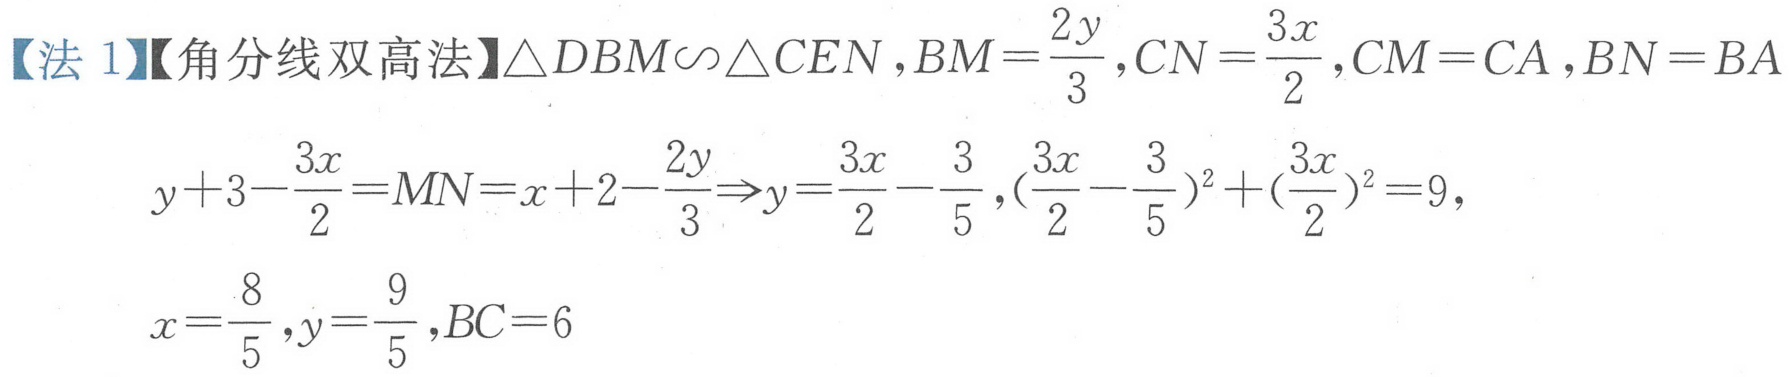
【法 1】【角分线双高法】$\triangle DBM\backsim\triangle CEN ,BM=\frac{2y}{3},CN=\frac{3x}{2},CM=CA ,BN=BA$
\[
y + 3 - \frac{3x}{2} = MN = x + 2 - \frac{2y}{3} \Rightarrow y = \frac{3x}{2} - \frac{3}{5} ,\left(\frac{3x}{2} - \frac{3}{5}\right)^2 + \left(\frac{3x}{2}\right)^2 = 9,
\]
\[
x = \frac{8}{5} ,y = \frac{9}{5} ,BC = 6
\]